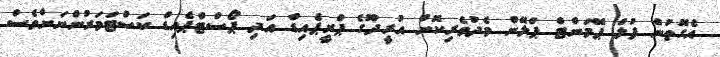
އެގޮތުން ފުލް ޕޭމަންޓް ޕްލޭން މެދުވެރިކޮށް އުރީދޫގެ ޕްރީޕެއިޑް އަދި ޕޯސްޓްޕެއިޑް ކަސްޓަމަރުންނަށްވެސް